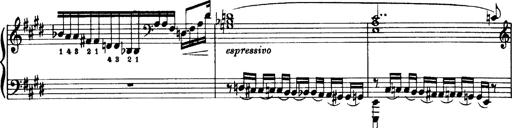
Title: OuvertÃ¼re zu TannhÃ¤user
Composer: Franz Liszt